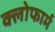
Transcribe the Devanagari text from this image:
क्लोफार्म